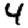
Digit: 4